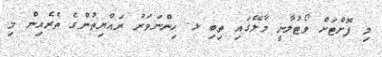
މި ފޮށްޓަށް ވޯޓުލާނީ މާލޭގައި ތިބި ޅ. ހިންނަވަރު ރައްޔިތުންގެ ތެރެއިން މި